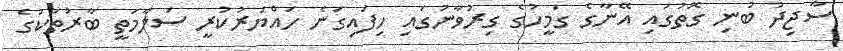
ސާޖިދު ބުނި ގޮތުގައި އޭނާގެ ގަމީހުގެ ގިރުވާނުގައި ހިފައިގަނެ ހައްޔަރުކުރީ ސަލާމަތީ ބާރުތަކުގެ